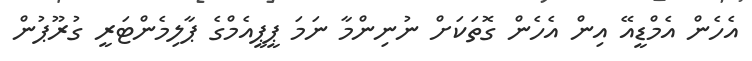
އެހެން އެމްޑީއޭ އިން އެހެން ގޮތަކަށް ނުނިންމާ ނަމަ ޕީޕީއެމްގެ ޕާލިމެންޓަރީ ގުރޫޕުން